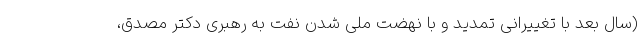
(سال بعد با تغییرانی تمدید و با نهضت ملی شدن نفت به رهبری دکتر مصدق،